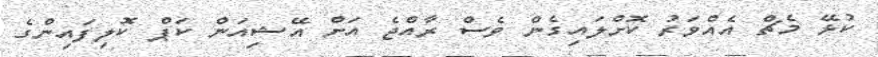
ކުޅޭ މެޗް އެއްވަރު ކޮށްލައިގެން ވެސް ރާއްޖެ އަށް އޭޝިއަން ކަޕް ކޮލިފައިންގެ